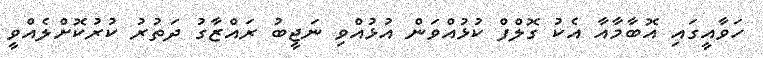
ހަވާއީގައި އޮބާމާއާ އެކު ގޮލްފް ކުޅުއްވަން އުޅުއްވި ނަޖީބު ރައްޒާގު ދަތުރު ކުރުކޮށްލެއްވީ